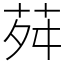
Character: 荈